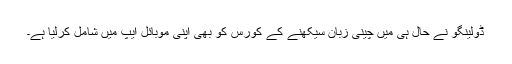
ڈولینگو نے حال ہی میں چینی زبان سیکھنے کے کورس کو بھی اپنی موبائل ایپ میں شامل کرلیا ہے۔